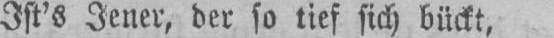
Ist’s Jener, der so tief sich bückt,